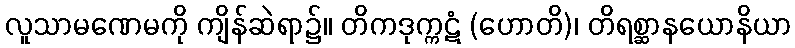
လူသာမဏေမကို ကျိန်ဆဲရာ၌။ တိကဒုက္ကဋံ (ဟောတိ)၊ တိရစ္ဆာနယောနိယာ